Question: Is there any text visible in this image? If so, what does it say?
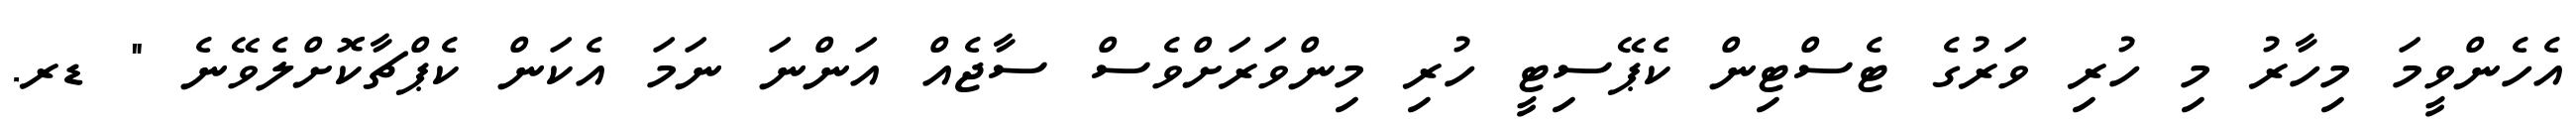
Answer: އެހެންވީމަ މިހާރު މި ހުރި ވަރުގެ ޓެސްޓިން ކެޕޭސިޓީ ހުރި މިންވަރަށްވެސް ސާޖެއް އަންނަ ނަމަ އެކަން ކެޕްޗާކޮށްލެވޭނެ " ޑރ.